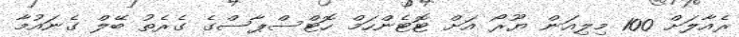
ރެއާލަށް 100 މިލިއަން ޔޫރޯ އަށް ޓޮޓެންހަމް ހޮޓްސްޕާސްގެ ގެރެތު ބޭލް ގެނައުމާ